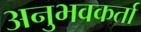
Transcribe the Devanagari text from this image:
अनुभवकर्ता